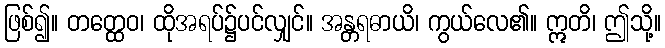
ဖြစ်၍။ တတ္ထေဝ၊ ထိုအရပ်၌ပင်လျှင်။ အန္တရဓာယိ၊ ကွယ်လေ၏။ ဣတိ၊ ဤသို့။